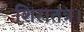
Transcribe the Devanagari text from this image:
शिरातंत्र।